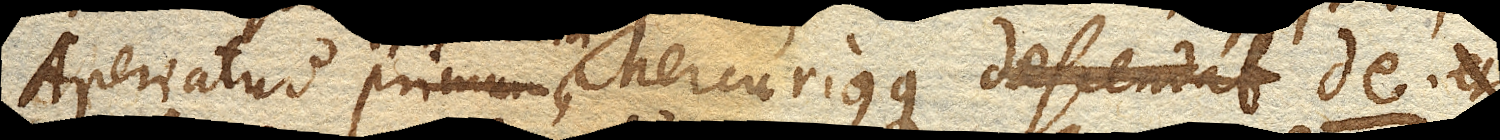
Aperiatur primum , Mercuriusque de.